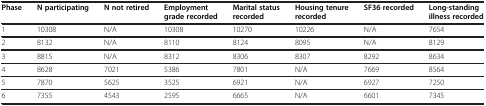
| Phase | N participating | N not retired | Employment grade recorded | Marital status recorded | Housing tenure recorded | SF36 recorded | Long-standing illness recorded |
 | --- | --- | --- | --- | --- | --- | --- | --- |
 | 1 | 10308 | N/A | 10308 | 10270 | 10226 | N/A | 7654 |
 | 2 | 8132 | N/A | 8110 | 8124 | 8095 | N/A | 8129 |
 | 3 | 8815 | N/A | 8312 | 8306 | 8307 | 8292 | 8634 |
 | 4 | 8628 | 7021 | 5386 | 7801 | N/A | 7669 | 8564 |
 | 5 | 7870 | 5625 | 3525 | 6921 | N/A | 6927 | 7250 |
 | 6 | 7355 | 4543 | 2595 | 6665 | N/A | 6601 | 7345 |